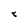
Character: 8